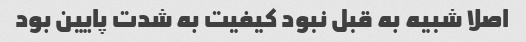
اصلا شبیه به قبل نبود کیفیت به شدت پایین بود